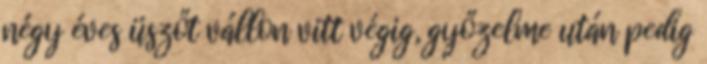
négy éves üszőt vállon vitt végig, győzelme után pedig